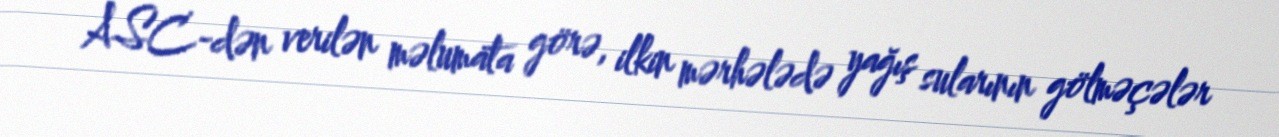
ASC-dən verilən məlumata görə, ilkin mərhələdə yağış sularının gölməçələr